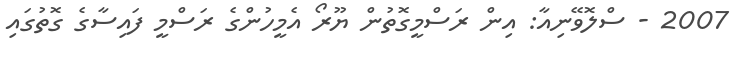
2007 - ސްލޮވޭނިއާ: އިން ރަސްމީގޮތުން ޔޫރޯ އެމީހުންގެ ރަސްމީ ފައިސާގެ ގޮތުގައި